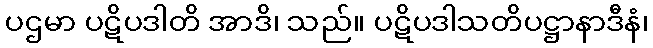
ပဌမာ ပဋိပဒါတိ အာဒိ၊ သည်။ ပဋိပဒါသတိပဋ္ဌာနာဒီနံ၊